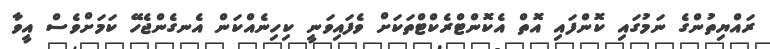
ރައްޔިތުންގެ ނަމުގައި ކޮންފައި އޮތް އެކޮންޓްރެކްޓްތަކަށް ވެފައިވަނީ ކިހިނެއްކަން އެނގެންޖެހޭ ކަމަށްވެސް އީވާ